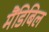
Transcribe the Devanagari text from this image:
मैंडिबिल